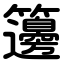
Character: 籩